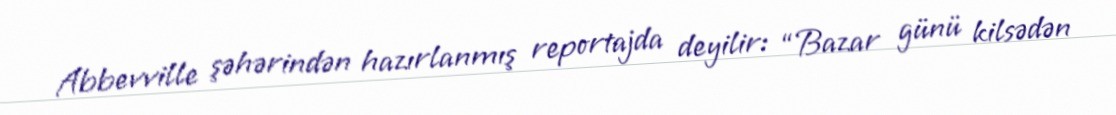
Abbevville şəhərindən hazırlanmış reportajda deyilir: “Bazar günü kilsədən